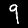
Digit: 9